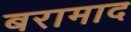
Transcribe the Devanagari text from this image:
बरामाद